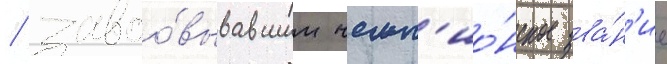
/ завоо́вывавшим чемп'ио́нское зва́н'ие